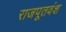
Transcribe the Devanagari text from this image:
राजपूतवंश